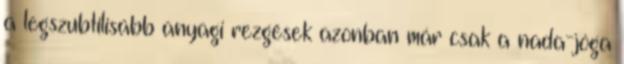
a legszubtilisabb anyagi rezgések azonban már csak a nada-jóga